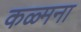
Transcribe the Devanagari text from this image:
कळ्मना